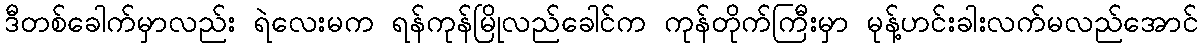
ဒီတစ်ခေါက်မှာလည်း ရဲလေးမက ရန်ကုန်မြိုလည်ခေါင်က ကုန်တိုက်ကြီးမှာ မုန့်ဟင်းခါးလက်မလည်အောင်